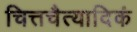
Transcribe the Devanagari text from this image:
चित्तचैत्यादिकं